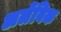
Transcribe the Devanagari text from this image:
अलेंबिक